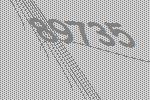
89735